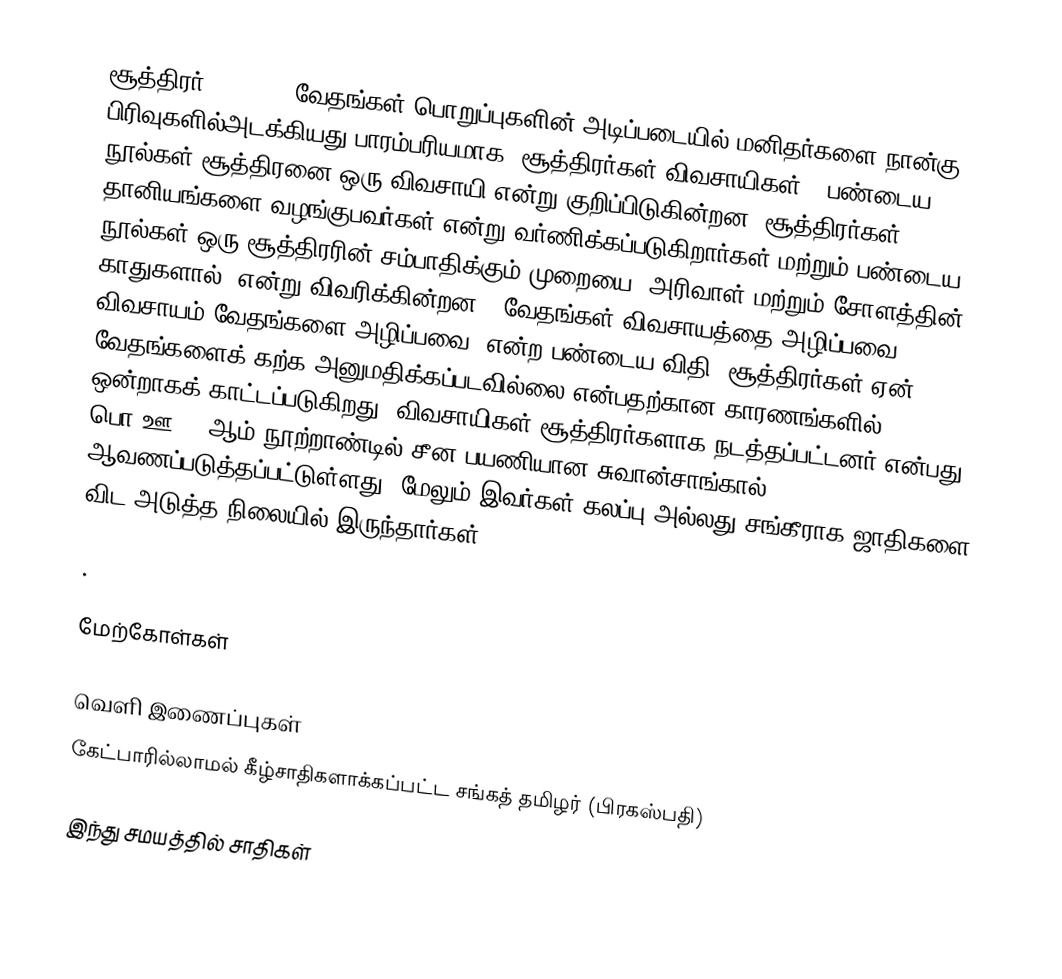
சூத்திரர் (Shudra) வேதங்கள் பொறுப்புகளின் அடிப்படையில் மனிதர்களை நான்கு பிரிவுகளில்அடக்கியது.பாரம்பரியமாக, சூத்திரர்கள் விவசாயிகள் . பண்டைய நூல்கள் சூத்திரனை ஒரு விவசாயி என்று குறிப்பிடுகின்றன. சூத்திரர்கள் தானியங்களை வழங்குபவர்கள் என்று வர்ணிக்கப்படுகிறார்கள் மற்றும் பண்டைய நூல்கள் ஒரு சூத்திரரின் சம்பாதிக்கும் முறையை "அரிவாள் மற்றும் சோளத்தின் காதுகளால்" என்று விவரிக்கின்றன. "வேதங்கள் விவசாயத்தை அழிப்பவை, விவசாயம் வேதங்களை அழிப்பவை" என்ற பண்டைய விதி, சூத்திரர்கள் ஏன் வேதங்களைக் கற்க அனுமதிக்கப்படவில்லை என்பதற்கான காரணங்களில் ஒன்றாகக் காட்டப்படுகிறது. விவசாயிகள் சூத்திரர்களாக நடத்தப்பட்டனர் என்பது பொ.ஊ. 7 ஆம் நூற்றாண்டில் சீன பயணியான சுவான்சாங்கால் ஆவணப்படுத்தப்பட்டுள்ளது. மேலும் இவர்கள் கலப்பு அல்லது சங்கீராக ஜாதிகளை விட அடுத்த நிலையில் இருந்தார்கள்.

.

மேற்கோள்கள்

வெளி இணைப்புகள்
கேட்பாரில்லாமல் கீழ்சாதிகளாக்கப்பட்ட சங்கத் தமிழர் (பிரகஸ்பதி)

இந்து சமயத்தில் சாதிகள்